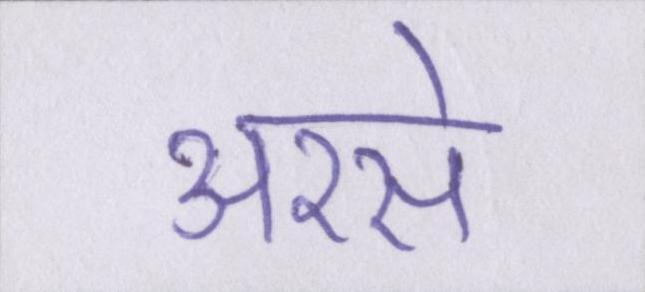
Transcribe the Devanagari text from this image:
अरसे